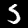
Digit: 5